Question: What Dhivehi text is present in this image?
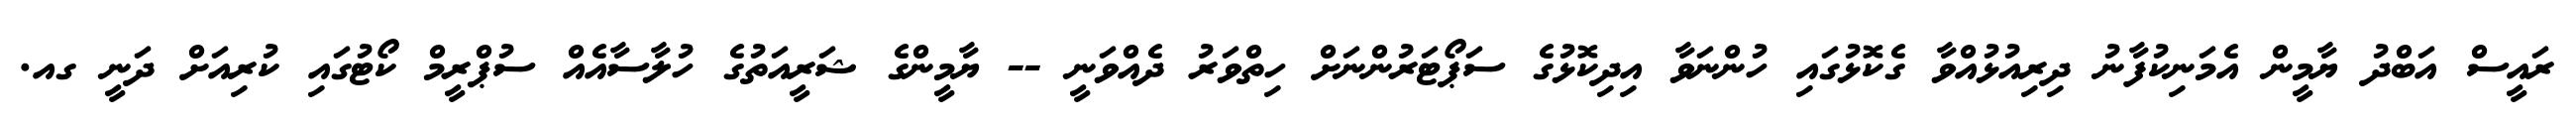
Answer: ރައީސް އަބްދު ޔާމީން އެމަނިކުފާނު ދިރިއުޅުއްވާ ގެކޮޅުގައި ހުންނަވާ އިދިކޮޅުގެ ސަޕޯޓަރުންނަށް ހިތްވަރު ދެއްވަނީ -- ޔާމީންގެ ޝަރީއަތުގެ ހުލާސާއެއް ސުޕްރީމް ކޯޓުގައި ކުރިއަށް ދަނީ ގއ.